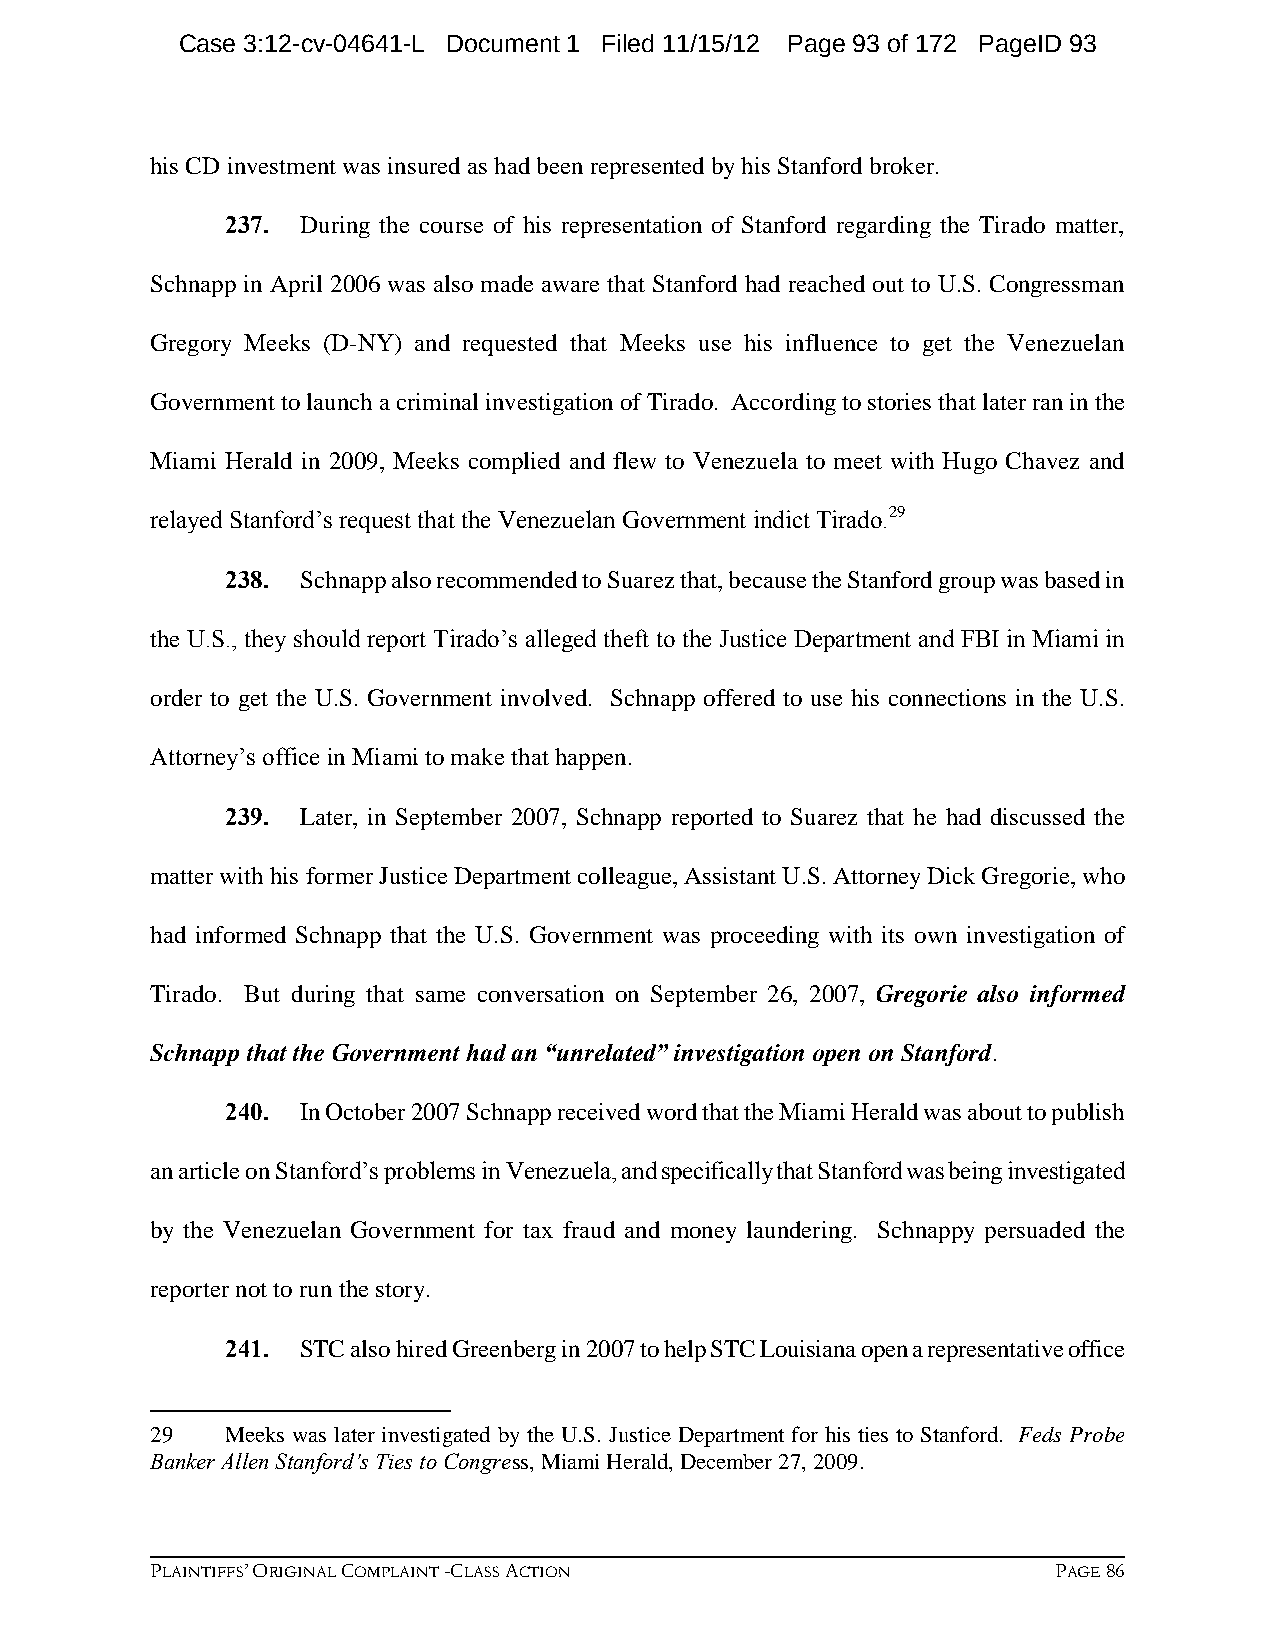
Case 3:12-cv-04641-L Document 1 Filed 11/15/12 Page 93 of 172 PageID 93
 his CD investment was insured as had been represented by his Stanford broker.
 237. During the course of his representation of Stanford regarding the Tirado matter,
 Schnapp in April 2006 was also made aware that Stanford had reached out to U.S. Congressman
 Gregory Meeks (D-NY) and requested that Meeks use his influence to get the Venezuelan
 Government to launch a criminal investigation of Tirado. According to stories that later ran in the
 Miami Herald in 2009, Meeks complied and flew to Venezuela to meet with Hugo Chavez and
 relayed Stanford’s request that the Venezuelan Government indict Tirado.29
 238. Schnapp also recommended to Suarez that, because the Stanford group was based in
 the U.S., they should report Tirado’s alleged theft to the Justice Department and FBI in Miami in
 order to get the U.S. Government involved. Schnapp offered to use his connections in the U.S.
 Attorney’s office in Miami to make that happen.
 239. Later, in September 2007, Schnapp reported to Suarez that he had discussed the
 matter with his former Justice Department colleague, Assistant U.S. Attorney Dick Gregorie, who
 had informed Schnapp that the U.S. Government was proceeding with its own investigation of
 Tirado. But during that same conversation on September 26, 2007, Gregorie also informed
 Schnapp that the Government had an “unrelated” investigation open on Stanford.
 240. In October 2007 Schnapp received word that the Miami Herald was about to publish
 an article on Stanford’s problems in Venezuela, and specifically that Stanford was being investigated
 by the Venezuelan Government for tax fraud and money laundering. Schnappy persuaded the
 reporter not to run the story.
 241. STC also hired Greenberg in 2007 to help STC Louisiana open a representative office
 29   Meeks was later investigated by the U.S. Justice Department for his ties to Stanford. Feds Probe
 Banker Allen Stanford’s Ties to Congress, Miami Herald, December 27, 2009.
 PLAINTIFFS’ ORIGINAL COMPLAINT -CLASS ACTION                PAGE 86